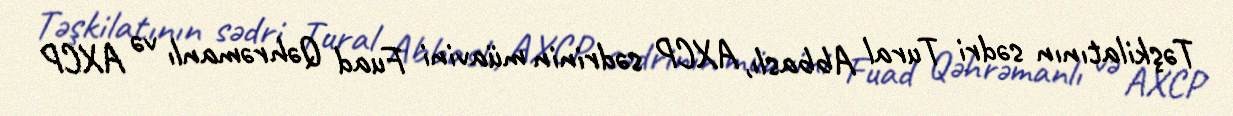
Təşkilatının sədri Tural Abbaslı, AXCP sədrinin müavini Fuad Qəhrəmanlı və AXCP